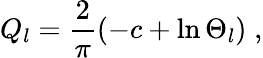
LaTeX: Q_{l}=\frac{2}{\pi}\left(-c+\ln\Theta_{l}\right)\; ,